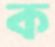
ক